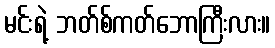
မင်းရဲ့ ဘတ်စ်ကတ်ဘောကြီးလား။